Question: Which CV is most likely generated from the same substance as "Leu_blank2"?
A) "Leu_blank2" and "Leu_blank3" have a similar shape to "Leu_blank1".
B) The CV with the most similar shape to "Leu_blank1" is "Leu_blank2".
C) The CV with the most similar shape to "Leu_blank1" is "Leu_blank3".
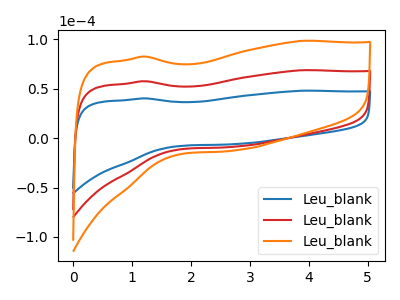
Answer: <think>The blue curve "Leu_blank1" has no peaks. The red curve "Leu_blank2" has no peaks. The orange curve "Leu_blank3" has no peaks.
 Neither "Leu_blank1" or "Leu_blank2" have any peaks. Neither "Leu_blank1" or "Leu_blank3" have any peaks. Neither "Leu_blank2" or "Leu_blank3" have any peaks.</think>
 <answer>A) "Leu_blank2" and "Leu_blank3" have a similar shape to "Leu_blank1".</answer>
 <eval>A</eval>